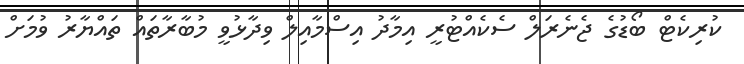
ކުރިކެޓް ބޯޑުގެ ޖެނެރަލް ސެކެއްޓުރީ އިމާދު އިސްމާއިލް ވިދާޅުވީ މުބާރާތައް ތައްޔާރު ވުމަށް